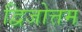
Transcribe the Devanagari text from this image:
द्विजोत्तम